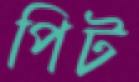
পিট